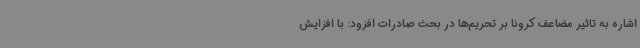
اشاره به تاثیر مضاعف کرونا بر تحریم‌ها در بحث صادرات افزود: با افزایش